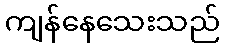
ကျန်နေသေးသည်